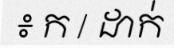
៖ ក / ដាក់